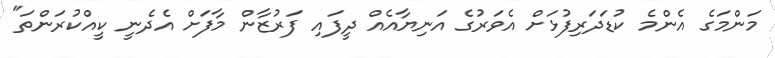
މަންމަގެ އެންމެ ކުޑަދަރިފުޅަށް އެވަރުގެ އަނިޔާއެއް ދީފައި ފަރުޒާން މާފަށް އެދެނީ ކީއްކުރަންތަ"